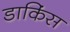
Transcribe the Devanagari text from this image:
डाकिंस